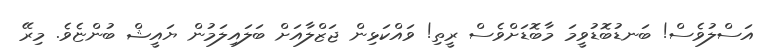
އަސްލުވެސް! ބަނޑުބޮޑުވީމަ މާބޮޑަށްވެސް ރީތި! ވައްކަޅިން ޖަޒްލާއަށް ބަލައިލަމުން ޔައީޝް ބުންޏެވެ. މިރޭ